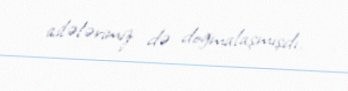
ailələrimiz də doğmalaşmışdı.